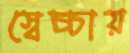
স্বেচ্চায়